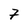
Character: 7